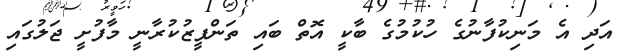
އަދި އެ މަނިކުފާނުގެ ހުކުމުގެ ބާކީ އޮތް ބައި ތަންފީޒުކުރާނީ މާފުށީ ޖަލުގައި